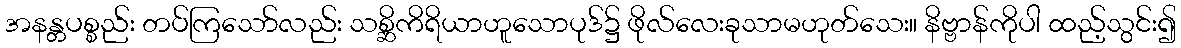
အနန္တပစ္စည်း တပ်ကြသော်လည်း သစ္ဆိကိရိယာဟူသောပုဒ်၌ ဖိုလ်လေးခုသာမဟုတ်သေး။ နိဗ္ဗာန်ကိုပါ ထည့်သွင်း၍